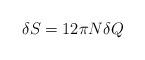
LaTeX: \begin{align*}\delta S=12\pi N\delta Q \end{align*}